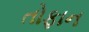
તોફાન